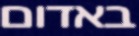
באדום